Annual report of the Punjab Veterinary College and of the Civil Veterinary Department, Punjab - 1909-1919
Year: 1909
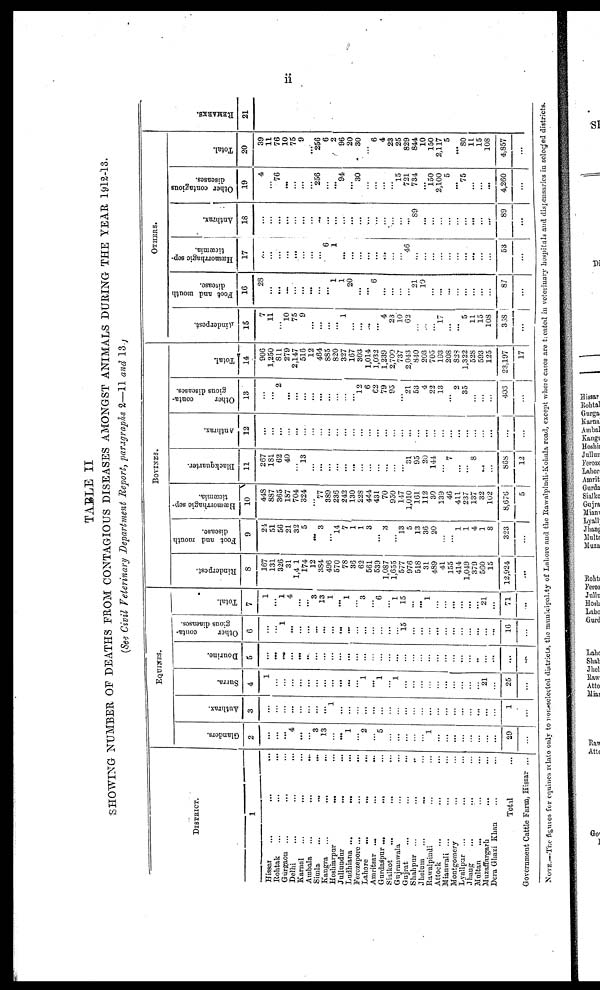
ii
TABLE II
SHOWING NUMBER OF DEATHS FROM CONTAGIOUS DISEASES AMONGST ANIMALS DURING THE YEAR 1912-13.
(See Civil Veterinary Department Report, paragraphs 2—11 and 13.)
DISTRICT.
1
Hissar ... ... ...
Rohtak ... ... ...
Gurgaon ... ... ...
Delhi ... ... ...
Karnal ... ... ...
Ambala ... ... ...
Simla ... ... ...
Kangra ... ... ...
Hoshiarpur ... ... ...
Jullundur ... ... ...
Ferozepore ... ... ...
Ferozepore ...
...
...
Lahore ... ... ...
Amritsar ... ... ...
Gurdaspur ... ... ...
Sialkot ... ... ..
Gujranwala ... ...
Gujrat ... ... ...
Shahpur ... ... ...
Jhelum ... ... ...
Rawalpindi
Attok ... ... ...
Mianwali ... ... ...
Montgomery ... ...
Lyallpar ... ... ...
Jhang ... ... ...
Multan ... ... ...
Muzaffargarh ... ...
Dera Ghazi Khan ... ...
Total ...
Government Cattle Farm, Hissar ...
EQUINES.
Glanders.
2
...
...
...
4
...
...
3
13
...
...
1
...
2
...
5
...
...
...
...
...
1
...
...
...
...
...
...
...
...
29
...
Anthrax.
3
...
...
...
...
.....
...
...
...
1
...
...
...
...
...
...
...
...
...
...
...
...
...
...
...
...
...
...
...
...
1
...
Surra.
4
1
...
...
...
...
...
...
...
...
...
...
1
...
1
...
1
...
...
...
...
...
...
...
...
...
...
21
...
25
...
Dourine.
5
...
...
...
...
...
...
...
...
...
...
...
...
...
...
...
...
...
...
...
...
...
...
...
...
... ...
.....
...
...
...
...
Other
conta-
gious diaeases.
6
...
...
1
...
...
...
...
...
...
...
...
...
...
...
...
...
...
15
...
...
...
...
...
...
...
...
...
...
...
16
...
Total.
7
1
...
1
4
...
...
3
13
1
...
1
...
3
...
6
...
1
15
...
...
1
...
...
...
...
...
...
21
...
71
...
BOVINES.
Rinderpest.
8
167
131
326
31
1,4 1
174
12
384
496
570
78
36
62
561
539
1,087
1,655
577
976
518
31
489
41
155
414
1,049
379
560
15
12,924
...
Foot and mouth
disease.
9
24
51
56
21
32
5
...
3
...
14
7
1
1
3
...
3
...
13
5
13
36
20
...
...
1
1
4
1
8
323
...
Hæmorrhagic sep-
ticaemia.
10
448
887
365
187
704
324
...
77
389
236
242
130
228
444
431
70
950
147
1,010
161
112
30
139
46
411
237
137
32
102
8,676
5
Blackquarter.
11
267
181
62
40
...
13
...
...
...
...
...
...
...
...
...
...
...
...
31
95
20
144
...
7
...
...
8
......
...
868
12
Anthrax.
12
...
...
...
...
...
...
...
...
...
...
...
...
...
...
...
...
...
...
...
...
...
...
...
...
...
...
...
...
...
...
...
Other
conta-
gious diseases.
13
...
...
2
...
...
...
...
...
...
...
...
...
12
6
62
79
95
...
21
53
4
22
13
...
2
35
...
...
...
403
...
Total.
14
906
1,250
811
279
2,147
516
12
464
885
820
327
167
303
1,014
1,032
1,239
2,700
737
2.043
840
203
705
193
208
828
1,322
528
593
125
23,197
17
OTHERS.
Rinderpest.
15
7
11
...
10
75
9
...
...
...
...
1
...
...
...
...
4
23
10
63
...
...
...
17
...
...
5
11
15
108
338
...
Foot and mouth
disease.
16
28
...
...
...
...
...
...
...
...
1
1
20
...
...
6
...
...
...
...
21
10
...
...
...
...
...
...
...
...
87
...
Hæmorrhagic sep-
ticæmia.
17
...
...
...
...
...
...
...
...
6
1
...
...
...
...
...
...
...
...
46
...
...
...
...
...
...
...
...
...
...
53
...
Anthrax.
18
...
...
...
...
...
...
...
...
...
...
...
...
...
...
...
...
...
89
...
...
...
......
...
...
...
...
...
89
...
Other contagious
diseases.
19
4
76
...
...
...
...
256
...
...
94
...
30
...
...
...
...
15
721
734
...
150
2,100
5
...
75
...
...
...
4,260
...
Total.
20
39
11
76
10
75
9
...
256
6
2
96
20
30
...
6
4
23
25
829
844
10
150
2,117
5
...
80
11
15
108
4,857
...
RE MARKS .
21
NOTE.—The figures for equities relate only to non-selected districts, the municipality of Lahore and the Rawalpindi-Kohala road, except where cases are treated in veterinary hospitals and dispensaries in selected districts.